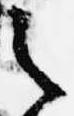
之